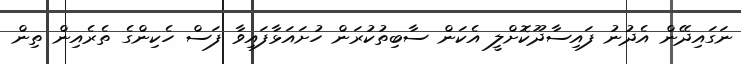
ނަގައިދޭން އެދުނު ފައިސާދޫކޮށްލީ އެކަން ސާބިތުކުރަން ހުށައަޅާފައިވާ ފަސް ހެކިންގެ ތެރެއިން ތިން